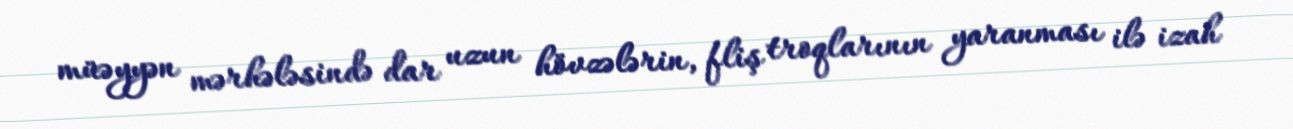
müəyyən mərhələsində dar uzun hövzələrin, fliş troqlarının yaranması ilə izah